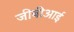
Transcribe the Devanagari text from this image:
जीबीआई